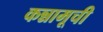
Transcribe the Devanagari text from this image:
कन्नामूची